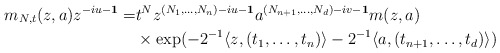
\begin{align*} m_{N,t}(z,a)z^{-iu-{\bf 1}}=&t^{N}z^{(N_1,\ldots,N_n)-iu-{\bf 1}}a^{(N_{n+1},\ldots,N_d)-iv-{\bf 1}}m(z,a)\\& \times \exp(-2^{-1}\langle z, (t_1,\ldots,t_n)\rangle-2^{-1}\langle a, (t_{n+1},\ldots,t_d)\rangle)\end{align*}